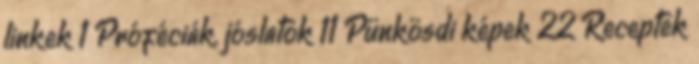
linkek 1 Próféciák, jóslatok 11 Pünkösdi képek 22 Receptek